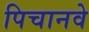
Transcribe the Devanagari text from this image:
पिचानवे